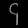
Digit: ၄